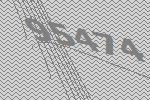
95474